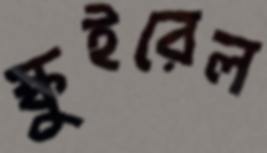
স্কুইরেল